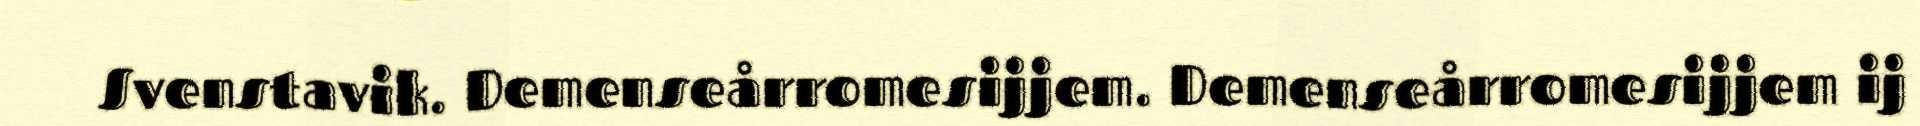
Svenstavik. Demenseårromesijjem. Demenseårromesijjem ij